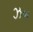
ઝખ